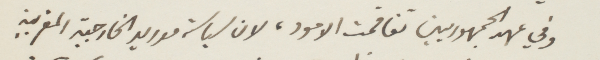
وفي عهد الجمهوريين تفاقمت الأمور، لان سياسة مدريد الخارجية المغربية